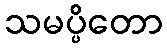
သမပ္ပိတော